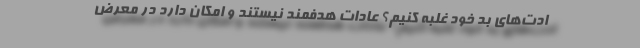
ادت‌های بد خود غلبه کنیم؟ عادات هدفمند نیستند و امکان دارد در معرض